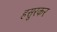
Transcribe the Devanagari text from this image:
हसूरकर